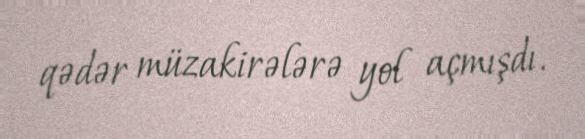
qədər müzakirələrə yol açmışdı.